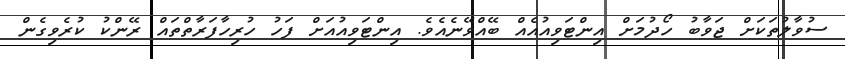
ސުވާލުތަކަށް ޖަވާބު ހޯދުމަށް އިންޓަވިއުއެއް ބޭއްވޭނެއެވެ. އިންޓަވިއުއަށް ފަހު ހުރިހާފަރާތްތައް ރޭންކު ކުރެވިގެން